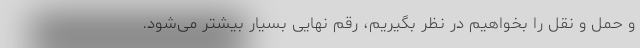
و حمل و نقل را بخواهیم در نظر بگیریم، رقم نهایی بسیار بیشتر می‌شود.